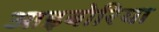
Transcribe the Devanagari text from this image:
आइबोरिया